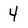
Character: 4